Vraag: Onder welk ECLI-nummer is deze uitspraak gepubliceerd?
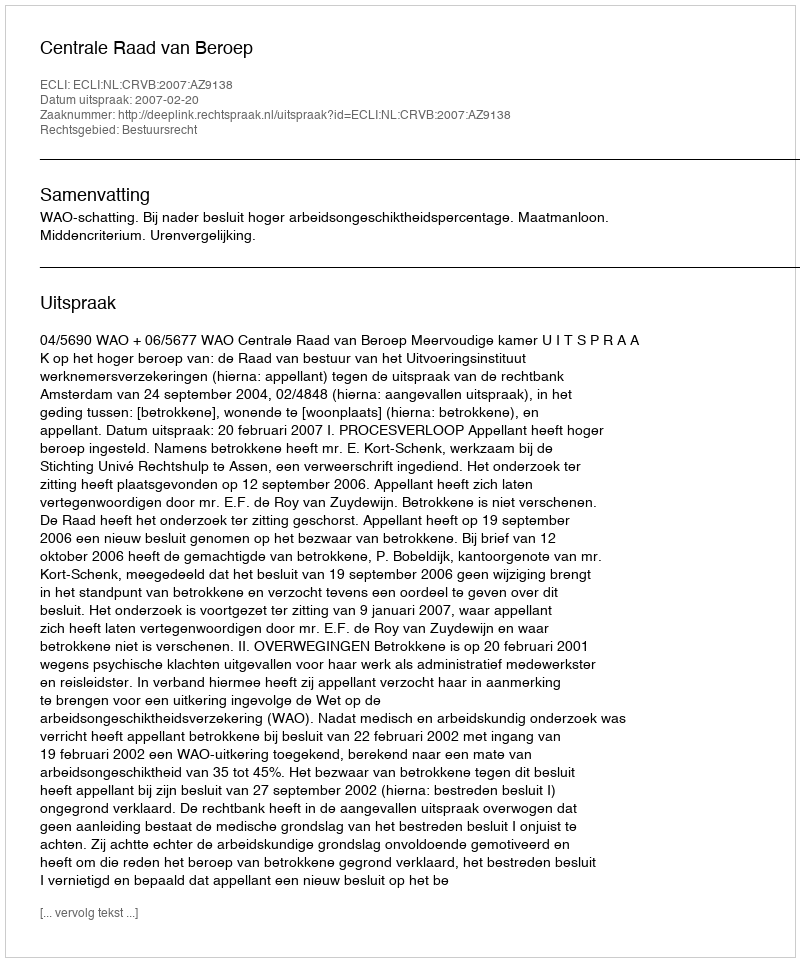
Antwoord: ECLI:NL:CRVB:2007:AZ9138